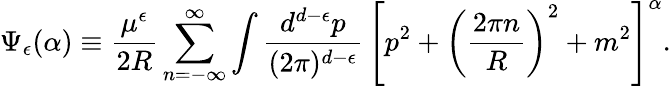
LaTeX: \Psi_{\epsilon}(\alpha)\equiv\frac{\mu^{\epsilon}}{2R}\sum_{n=-\infty}^{\infty}\int\frac{d^{d-\epsilon}p}{(2\pi)^{d-\epsilon}}\, \left[p^{2}+\left(\frac{2\pi n}{R}\right)^{2}+m^{2}\right]^{\alpha}.